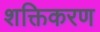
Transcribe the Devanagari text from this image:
शक्तिकरण